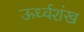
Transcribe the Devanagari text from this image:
ऊर्ध्वशंख